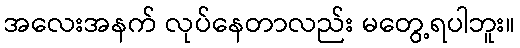
အလေးအနက် လုပ်နေတာလည်း မတွေ့ရပါဘူး။